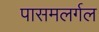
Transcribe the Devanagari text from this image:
पासमलर्गल